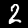
Label: 2